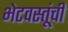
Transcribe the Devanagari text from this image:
भेटवस्तूंची